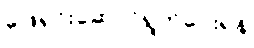
ဖြေရှင်းဆောင်ရွက်ပေးရန်